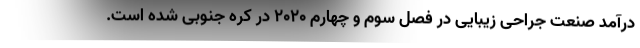
درآمد صنعت جراحی زیبایی در فصل سوم و چهارم 2020 در کره جنوبی شده است.